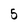
Character: 5